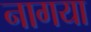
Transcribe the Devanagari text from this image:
नागया